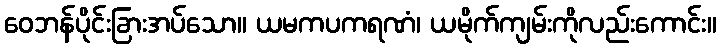
ဝေဘန်ပိုင်းခြားအပ်သော။ ယမကပကရဏံ၊ ယမိုက်ကျမ်းကိုလည်းကောင်း။